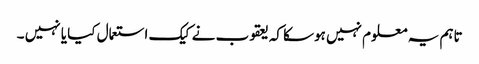
تاہم یہ معلوم نہیں ہوسکا کہ یعقوب نے کیک استعمال کیا یا نہیں ۔